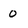
Character: O